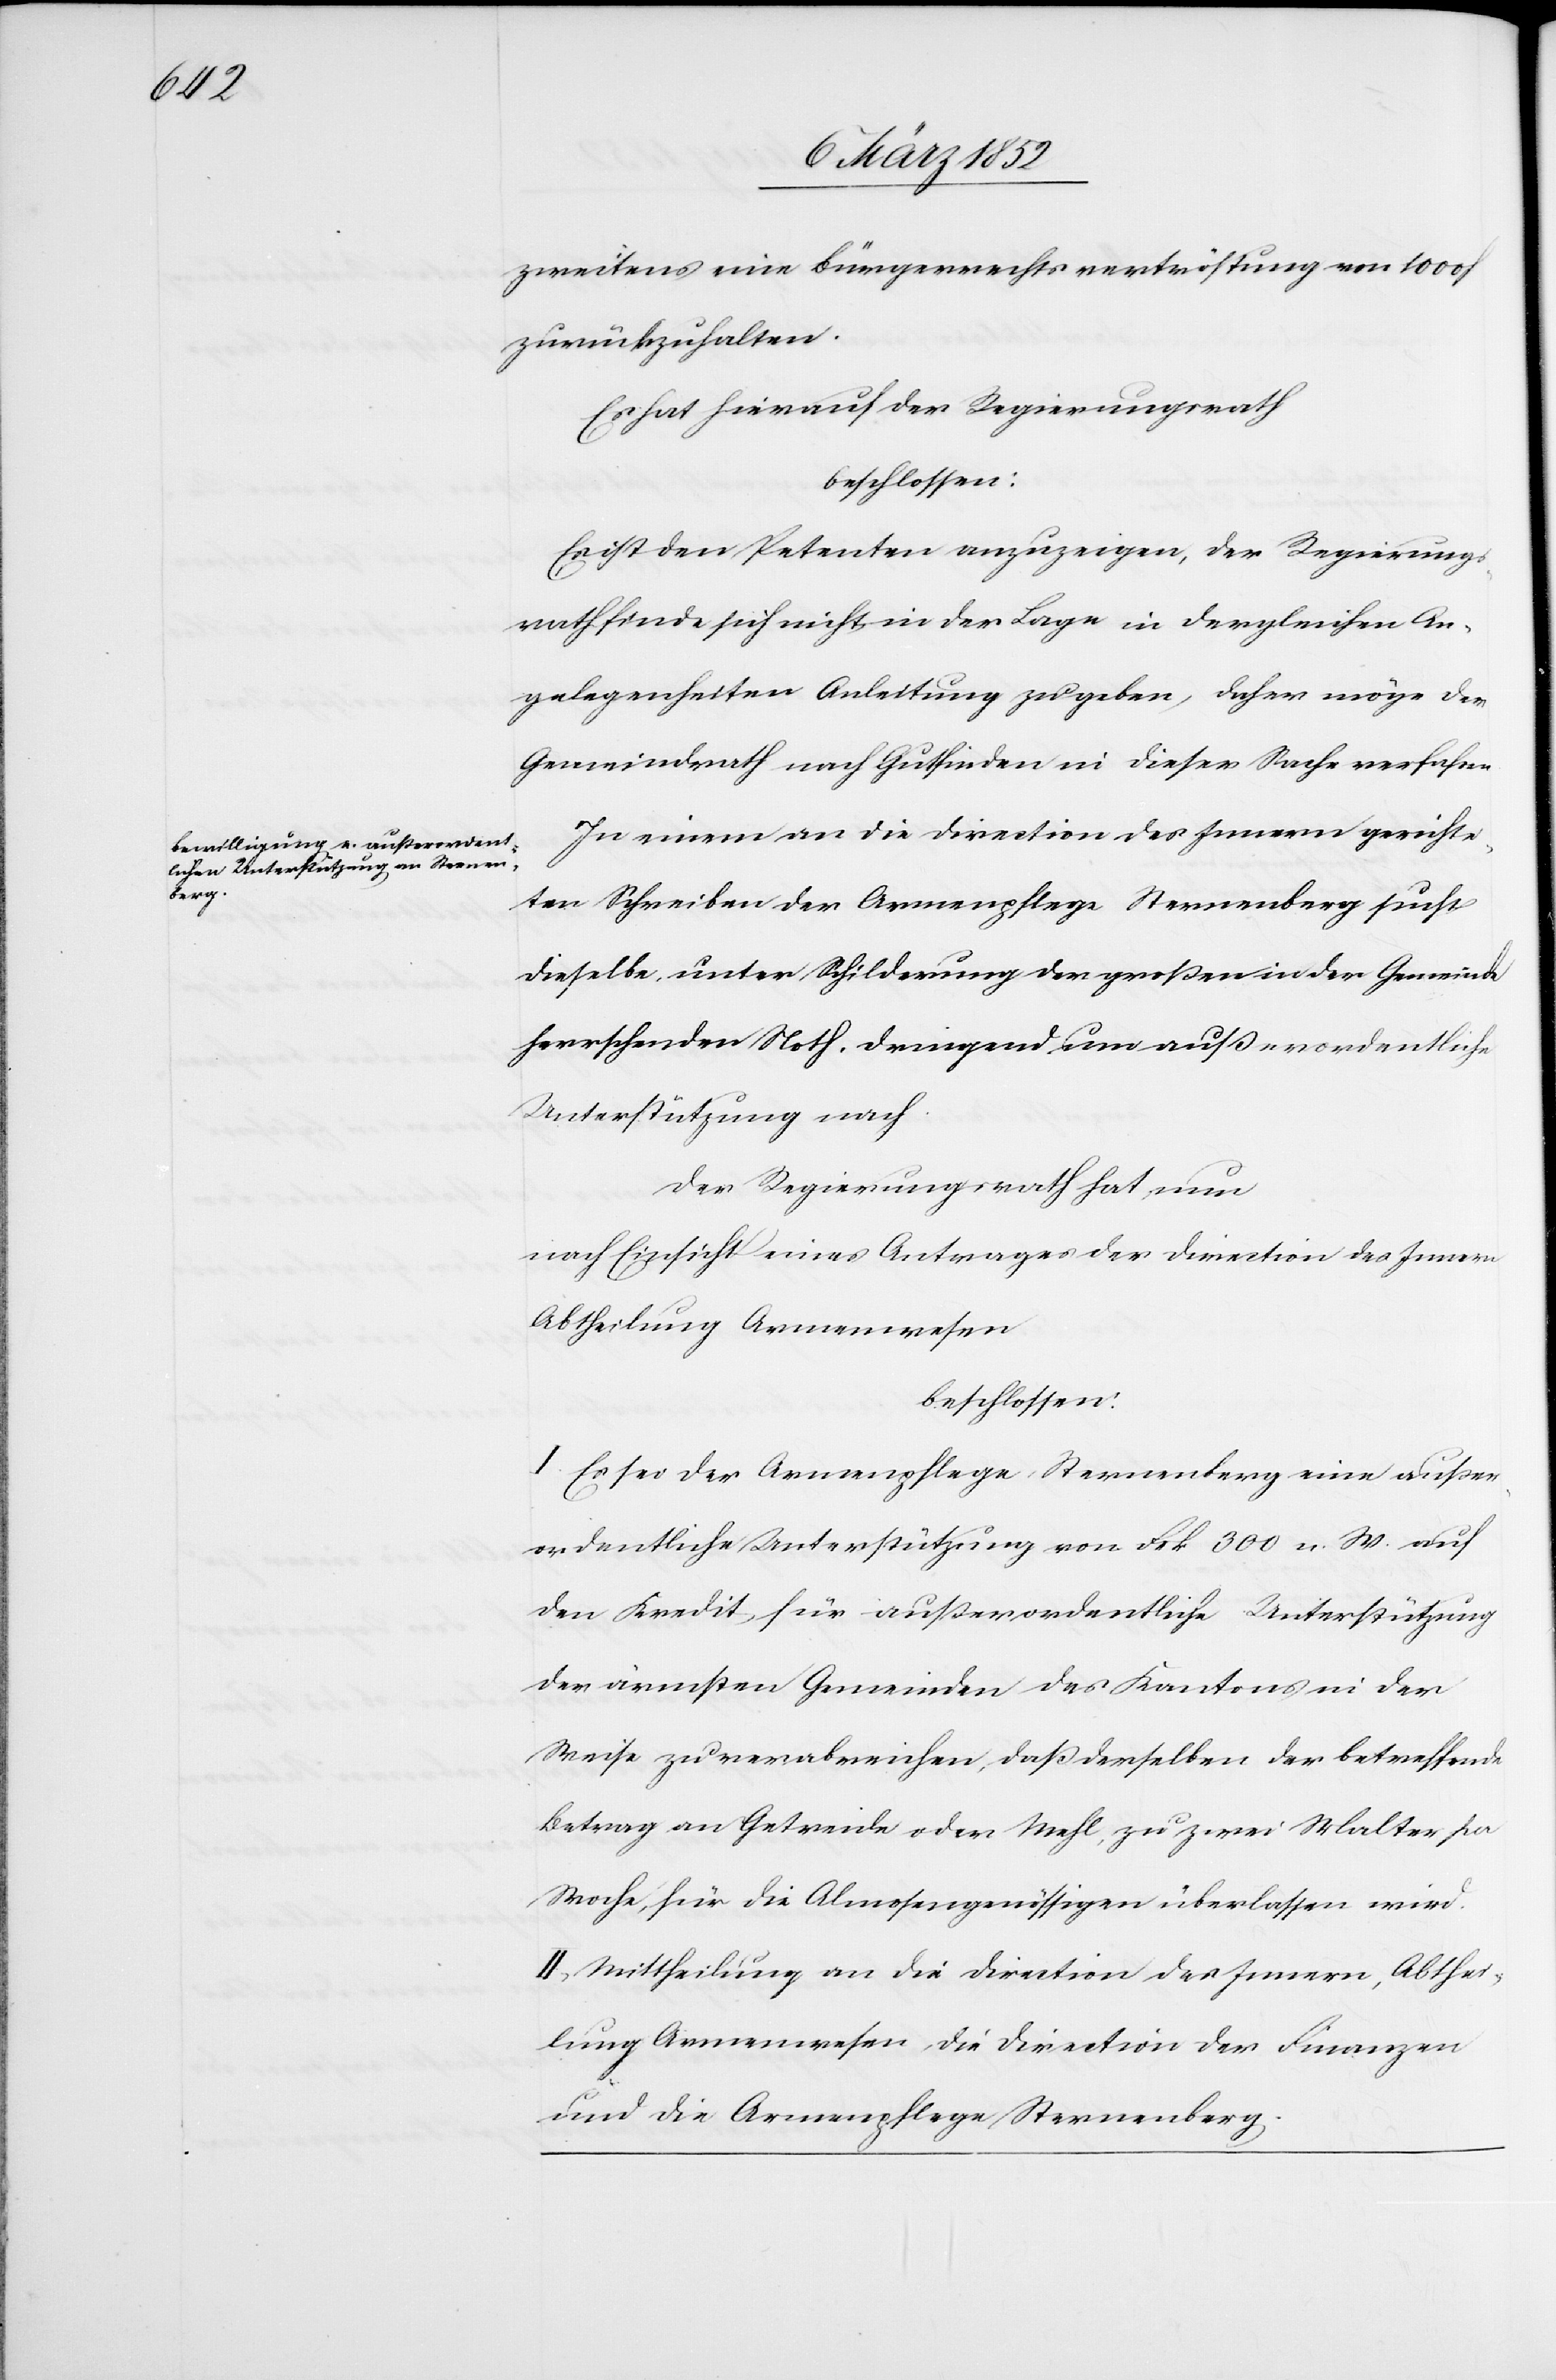
zweitens eine Bürgerrechtsverströstung von 1000 f
zurückzubehalten.
Es hat hierauf der Regierungsrath
beschlossen:
Es ist den Petenten anzuzeigen, der Regierungs¬
rath finde sich nicht in der Lage in dergleichen An¬
gelegenheiten Anleitung zu geben, daher möge der
Gemeindrath nach Gutfinden in dieser Sache verfahren.
In einem an die Direction des Innern gerichte¬
ten Schreiben der Armenpflege Sternenberg sucht
dieselbe unter Schilderung der großen in der Gemeinde
herrschenden Noth dringend um außerordentliche
Unterstützung nach.
Der Regierungsrath hat nun
nach Einsicht eines Antrages der Direction des Innern
Abtheilung Armenwesen
beschlossen:
I. Es sei der Armenpflege Sternenberg eine außer¬
ordentliche Unterstützung von Frk. 300 n. W. auf
den Kredit für außerordentliche Unterstützung
der ärmsten Gemeinden des Kantons in der
Weise zu verabreichen, daß derselben der betreffende
Betrag an Getreide oder Mehl, zu zwei Malter pr
Woche, für die Almosengenössigen überlassen wird.
II. Mittheilung an die Direction des Innern, Abthei¬
lung Armenwesen, die Direction der Finanzen
und die Armenpflege Sternenberg.